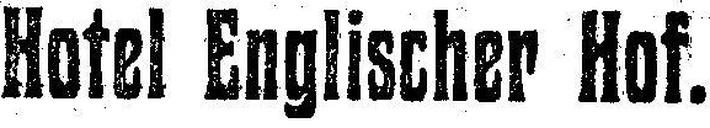
Hotel Englischer Hof.